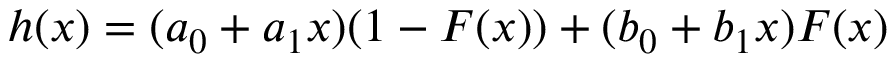
h ( x ) = ( a _ { 0 } + a _ { 1 } x ) ( 1 - F ( x ) ) + ( b _ { 0 } + b _ { 1 } x ) F ( x )